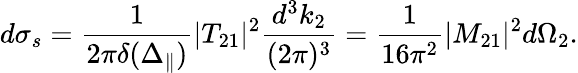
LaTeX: d\sigma_{s}=\frac{1}{2\pi\delta(\Delta_{\parallel})}|T_{21}|^{2}\frac{d^{3}k_{2}}{(2\pi)^{3}}=\frac{1}{16\pi^{2}}|M_{21}|^{2}d\Omega_{2}.